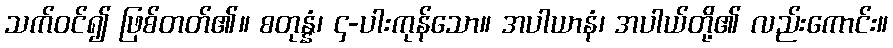
သက်ဝင်၍ ဖြစ်တတ်၏။ စတုန္နံ၊ ၄-ပါးကုန်သော။ အပါယာနံ၊ အပါယ်တို့၏ လည်းကောင်း။